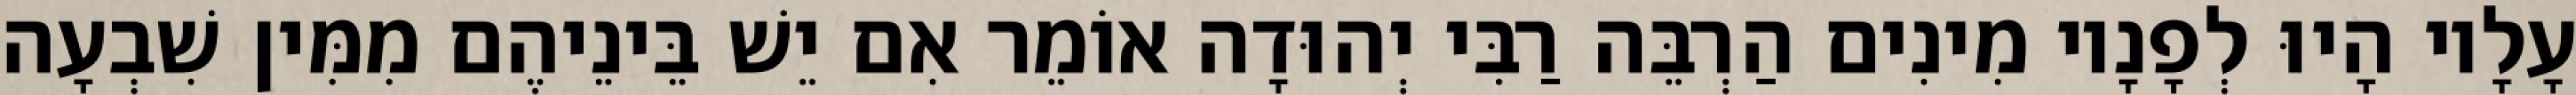
עָלָיו הָיוּ לְפָנָיו מִינִים הַרְבֵּה רַבִּי יְהוּדָה אוֹמֵר אִם יֵשׁ בֵּינֵיהֶם מִמִּין שִׁבְעָה